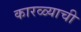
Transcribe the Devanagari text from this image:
कारळ्याची